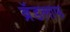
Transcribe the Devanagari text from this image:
ब्रॅडलाफ